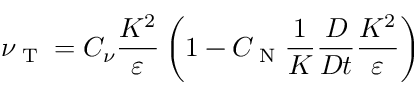
\nu _ { \textrm { T } } = C _ { \nu } \frac { K ^ { 2 } } { \varepsilon } \left( { 1 - C _ { \textrm { N } } \frac { 1 } { K } \frac { D } { D t } \frac { K ^ { 2 } } { \varepsilon } } \right)